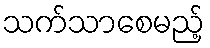
သက်သာစေမည့်